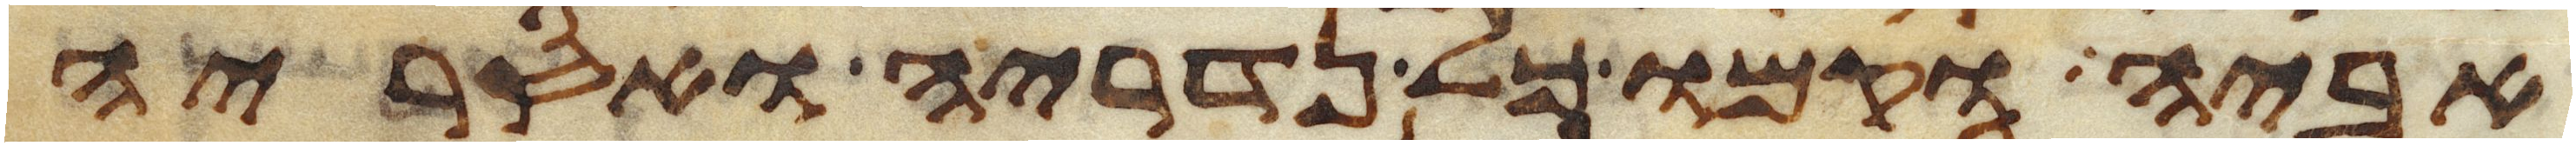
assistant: אביה וקמו כל נדריה ואסריה